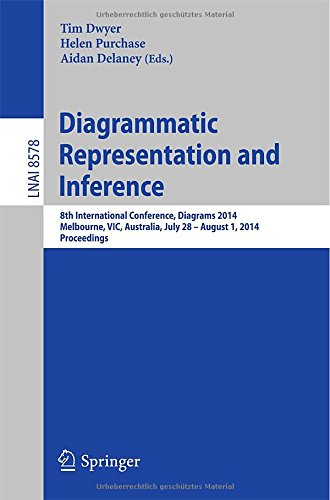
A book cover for Diagrammatic Representation and Inference: 8th International Conference, Diagrams 2014, Melbourne, VIC, Australia, July 28 - August 1, 2014, Proceedings (Lecture Notes in Computer Science); Computers & Technology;